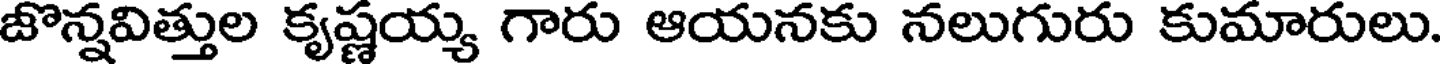
జొన్నవిత్తుల కృష్ణయ్య గారు ఆయనకు నలుగురు కుమారులు.